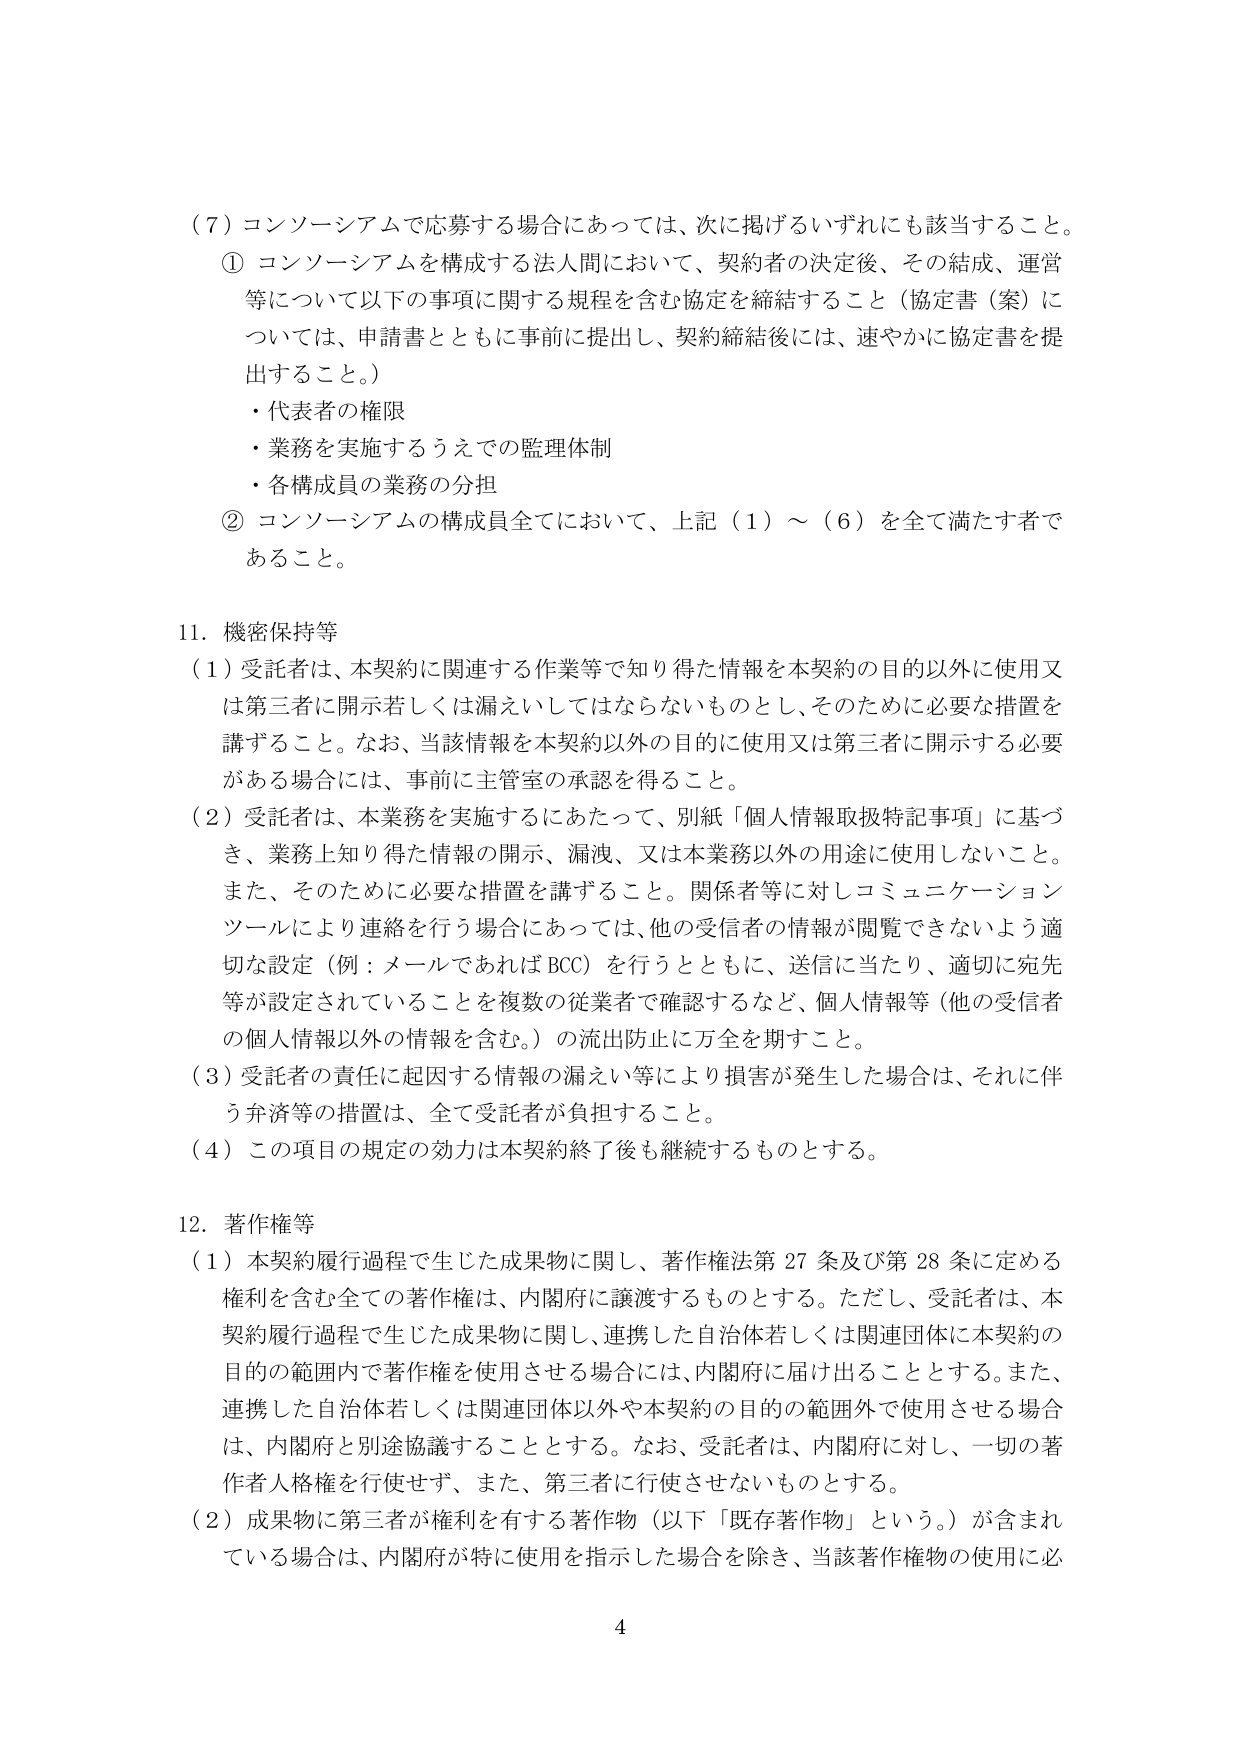
（７）コンソーシアムで応募する場合にあっては、次に掲げるいずれにも該当すること。
① コンソーシアムを構成する法人間において、契約者の決定後、その結成、運営等について以下の事項に関する規程を含む協定を締結すること（協定書（案）については、申請書とともに事前に提出し、契約締結後には、速やかに協定書を提出すること。）
・代表者の権限
・業務を実施するうえでの監理体制
・各構成員の業務の分担
② コンソーシアムの構成員全てにおいて、上記（１）～（６）を全て満たす者であること。

11．機密保持等
（１）受託者は、本契約に関連する作業等で知り得た情報を本契約の目的以外に使用又は第三者に開示若しくは漏えいしてはならないものとし、そのために必要な措置を講ずること。なお、当該情報を本契約以外の目的に使用又は第三者に開示する必要がある場合には、事前に主管室の承認を得ること。
（２）受託者は、本業務を実施するにあたって、別紙「個人情報取扱特記事項」に基づき、業務上知り得た情報の開示、漏洩、又は本業務以外の用途に使用しないこと。また、そのために必要な措置を講ずること。関係者等に対しコミュニケーションツールにより連絡を行う場合にあっては、他の受信者の情報が閲覧できないよう適切な設定（例：メールであればBCC）を行うとともに、送信に当たり、適切に宛先等が設定されていることを複数の従業者で確認するなど、個人情報等（他の受信者の個人情報以外の情報を含む。）の流出防止に万全を期すこと。
（３）受託者の責任に起因する情報の漏えい等により損害が発生した場合は、それに伴う弁済等の措置は、全て受託者が負担すること。
（４）この項目の規定の効力は本契約終了後も継続するものとする。

12．著作権等
（１）本契約履行過程で生じた成果物に関し、著作権法第27条及び第28条に定める権利を含む全ての著作権は、内閣府に譲渡するものとする。ただし、受託者は、本契約履行過程で生じた成果物に関し、連携した自治体若しくは関連団体に本契約の目的の範囲内で著作権を使用させる場合には、内閣府に届け出ることとする。また、連携した自治体若しくは関連団体以外や本契約の目的の範囲外で使用させる場合は、内閣府と別途協議することとする。なお、受託者は、内閣府に対し、一切の著作人格権を行使せず、また、第三者に行使させないものとする。
（２）成果物に第三者が権利を有する著作物（以下「既存著作物」という。）が含まれている場合は、内閣府が特に使用を指示した場合を除き、当該著作権物の使用に必

4